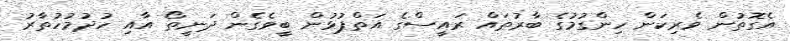
އެގޮތުން ވެރިކަން ހިންގުމުގެ ބާރުތައް ރައީސްގެ އަތްޕުޅުން ބީވެގެން ދަނީތޯ އާއި ހުދުމުހުތާރު